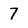
Character: 7